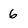
Character: 6